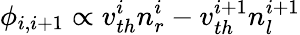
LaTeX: \phi_{i,i+1}\propto v_{th}^{i}n_{r}^{i}-v_{th}^{i+1}n_{l}^{i+1}